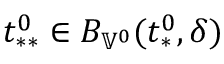
t _ { * * } ^ { 0 } \in B _ { \mathbb { V } ^ { 0 } } ( t _ { * } ^ { 0 } , \delta )